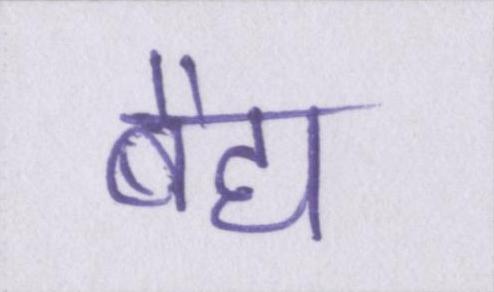
बैद्य